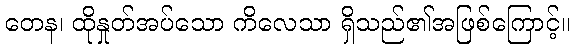
တေန၊ ထိုနှုတ်အပ်သော ကိလေသာ ရှိသည်၏အဖြစ်ကြောင့်။